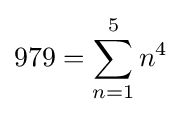
979=\sum _{n=1}^{5}n^{4}